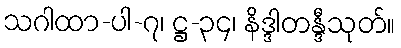
သဂါထာ-ပါ-၇၊ ဋ္ဌ-၃၄၊ နိဒ္ဒါတန္ဒီသုတ်။